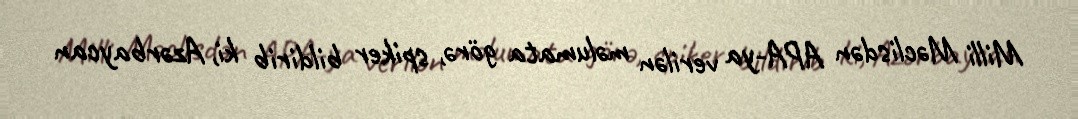
Milli Məclisdən APA-ya verilən məlumata görə, spiker bildirib ki, Azərbaycan